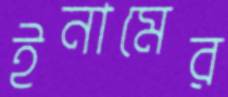
ইনামের